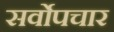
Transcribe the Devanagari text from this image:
सर्वोपचार